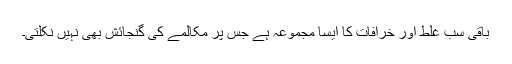
باقی سب غلط اور خرافات کا ایسا مجموعہ ہے جس پر مکالمے کی گنجائش بھی نہیں نکلتی۔